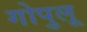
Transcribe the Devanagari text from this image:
गोपुलू